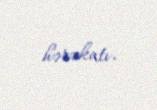
hərəkatı.